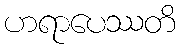
ဟရာပေဿတိ